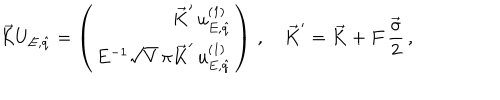
\vec { \cal K } U _ { E , \hat { q } } = \left( \begin{array} { r } { { \vec { K } ^ { \prime } \, u _ { E , \hat { q } } ^ { ( 1 ) } } } \\ { { E ^ { - 1 } \sqrt { V } \, \pi \vec { K } ^ { \prime } \, u _ { E , \hat { q } } ^ { ( 1 ) } } } \\ \end{array} \right) \, , \quad \vec { K } ^ { \prime } = \vec { K } + F \, \frac { \vec { \sigma } } { 2 } \, ,